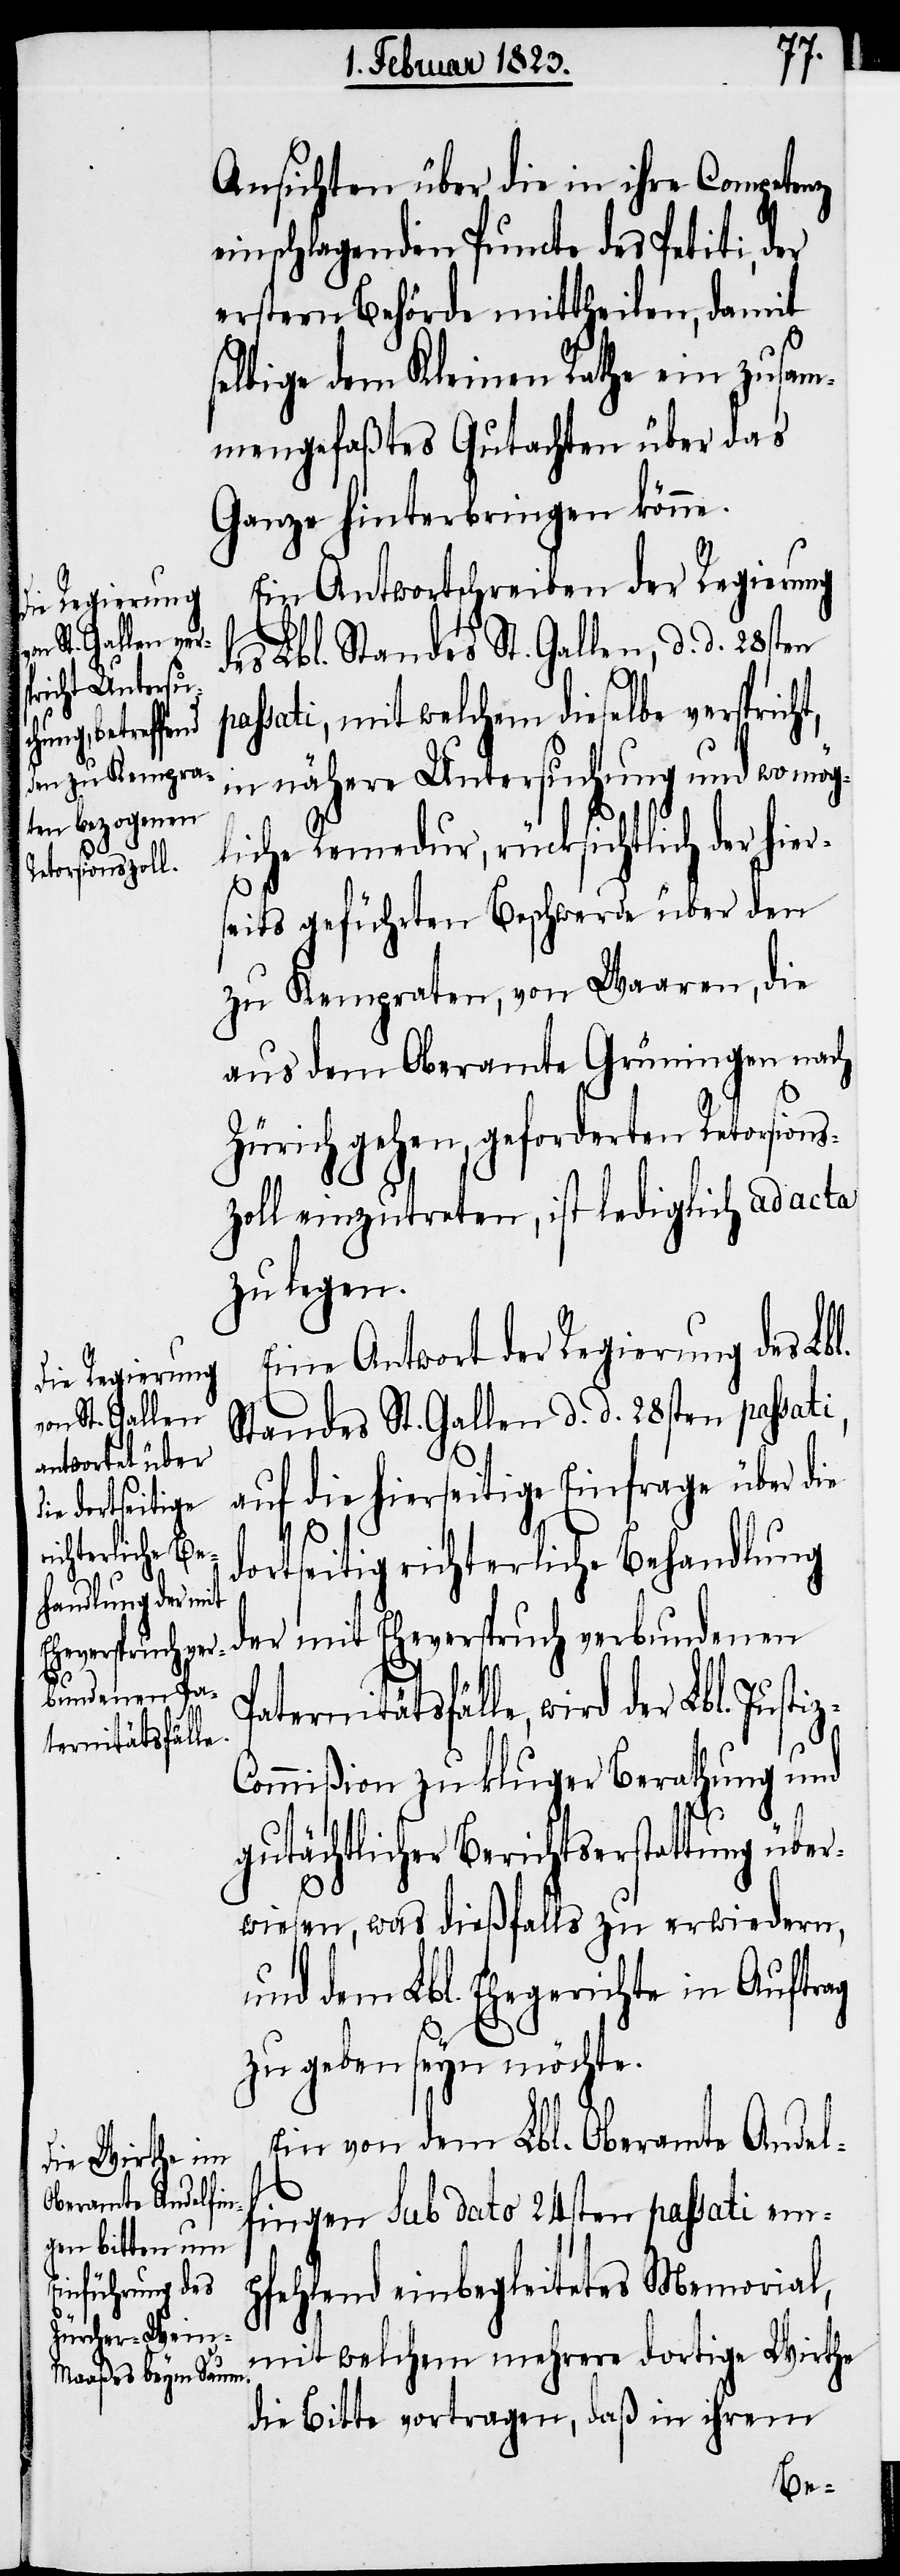
i,

Ansichten über die in ihre Competenz
einschlagenden Puncte des Petiti, der
erstern Behörde mittheilen, damit
selbige dem Kleinen Rathe ein zusam¬
mengefaßtes Gutachten über das
Ganze hinterbringen könne.
Ein Antwortschreiben der Regierung
des Lbl. Standes St. Gallen, d. d. 28sten
passati, mit welchem dieselbe versprich¬
in nähere Untersuchung und wo mög¬
liche Remedur, rücksichtlich der hier¬
seits geführten Beschwerde über den
zu Kempraten, von Waaren, die
aus dem Oberamte Grüningen nach
Zürich gehen, geforderten Retorsions¬
zoll einzutreten, ist lediglich ad acta
zu legen.
Eine Antwort der Regierung des Lbl.
Standes St. Gallen d. d. 28sten passat¬
auf die hierseitige Einfrage über die
dortseitig richterliche Behandlung
der mit Eheverspruch verbundenen
Paternitätsfälle, wird der Lbl. Justiz-C¬
ommißion zu kluger Berathung und
gutächtlicher Berichtserstattung über¬
wiesen, was dießfalls zu erwiedern,
und dem Lbl. Ehegerichte in Auftrag
zu geben seyn möchte.
Ein von dem Lbl. Oberamte Andel¬
fingen Sub dato 24sten passati em¬
pfehlend einbegleitetes Memorial,
mit welchem mehrere dortige Wirthe
die Bitte vortragen, daß in ihrem